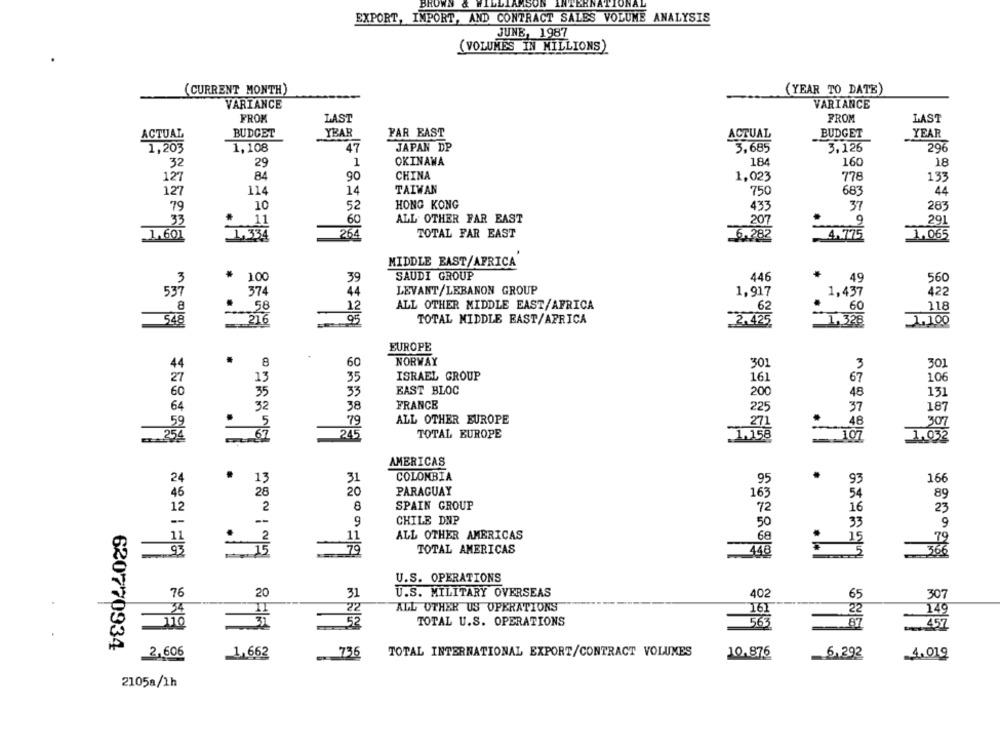
BROWN & WILLIAMSON INTERNATIONAL
EXPORT, IMPORT, AND CONTRACT SALES VOLUME ANALYSIS
JUNE, 1987
(VOLUMES IN MILLIONS)
(CURRENT MONTH)
(YEAR TO DATE)
VARIANCE
VARIANCE
FROK
LAST
FROM
LAST
ACTUAL
BUDGET
YEAR
FAR EAST
ACTUAL
BUDGET
YEAR
1,203
1,108
47
JAPAN DP
3.685
3.126
296
32
29
1
OKINAWA
184
160
18
127
84
90
CHINA
1,023
778
133
127
114
14
TAIWAN
750
683
44
79
10
52
HONG KONG
433
37
283
33
11
60
ALL OTHER FAR EAST
207
9
291
1.601
1.065
I.334
264
TOTAL FAR EAST
6.282
4.775
MIDDLE EAST/AFRICA
100
39
SAUDI GROUP
446
560
49
4
LEVANT/LEBANON GROUP
1,917
1,437
422
374
12
ALL OTHER MIDDLE EAST/AFRICA
60
118
: 58
62
54.8
TOTAL MIDDLE EAST/AFRICA
3.425
1.100
EUROPE
44
.
NORWAY
8
60
301
3
301
ISRAEL GROUP
161
13
35
67
10
33
EAST BLOC
200
35
48
13
64
FRANCE
32
38
225
37
187
ALL OTHER EUROPE
79
271
48
59
245
TOTAL EUROPE
307
254
67
- 107
AMERICAS
.
.
31
COLOMBIA
95
9
16
13
28
20
PARAGUAY
163
54
89
12
2
8
SPAIN GROUP
72
16
23
9
CHILE DNP
50
33
9
11
ALL OTHER AMERICAS
68
-
79
TOTAL AMERICAS
U.S. OPERATIONS
76
U.S. MILITARY OVERSEAS
20
31
402
65
307
ALL OTHER US OPERATIONS
34
22
52
TOTAL U.S. OPERATIONS
149
620770934
TOTAL INTERNATIONAL EXPORT/CONTRACT VOLUMES
2,606
1,663
736
10.876
_ 6.292
4.019
2105a/1h